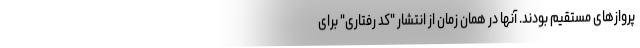
پروازهای مستقیم بودند. آنها در همان زمان از انتشار "کد رفتاری" برای